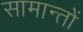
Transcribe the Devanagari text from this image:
सामान्तों